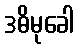
ဒဓိမုခေါ